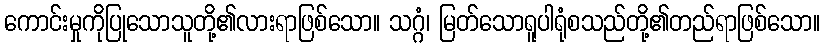
ကောင်းမှုကိုပြုသောသူတို့၏လားရာဖြစ်သော။ သဂ္ဂံ၊ မြတ်သောရူပါရုံစသည်တို့၏တည်ရာဖြစ်သော။